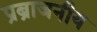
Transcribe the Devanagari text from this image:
प्रब्राजनीय